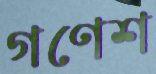
গণেশ